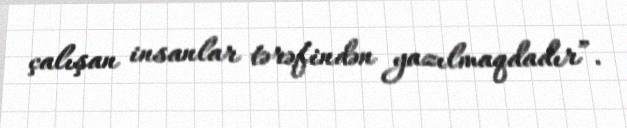
çalışan insanlar tərəfindən yazılmaqdadır”.